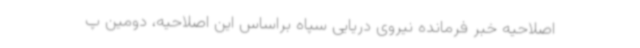
اصلاحیه خبر فرمانده نیروی دریایی سپاه براساس این اصلاحیه، دومین پ